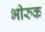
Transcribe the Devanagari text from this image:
भीरुक